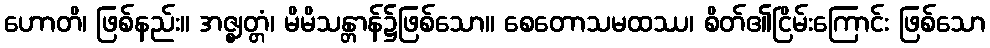
ဟောတိ၊ ဖြစ်နည်း။ အဇ္ဈတ္တံ၊ မိမိသန္တာန်၌ဖြစ်သော။ စေတောသမထဿ၊ စိတ်၏ငြိမ်းကြောင်း ဖြစ်သော